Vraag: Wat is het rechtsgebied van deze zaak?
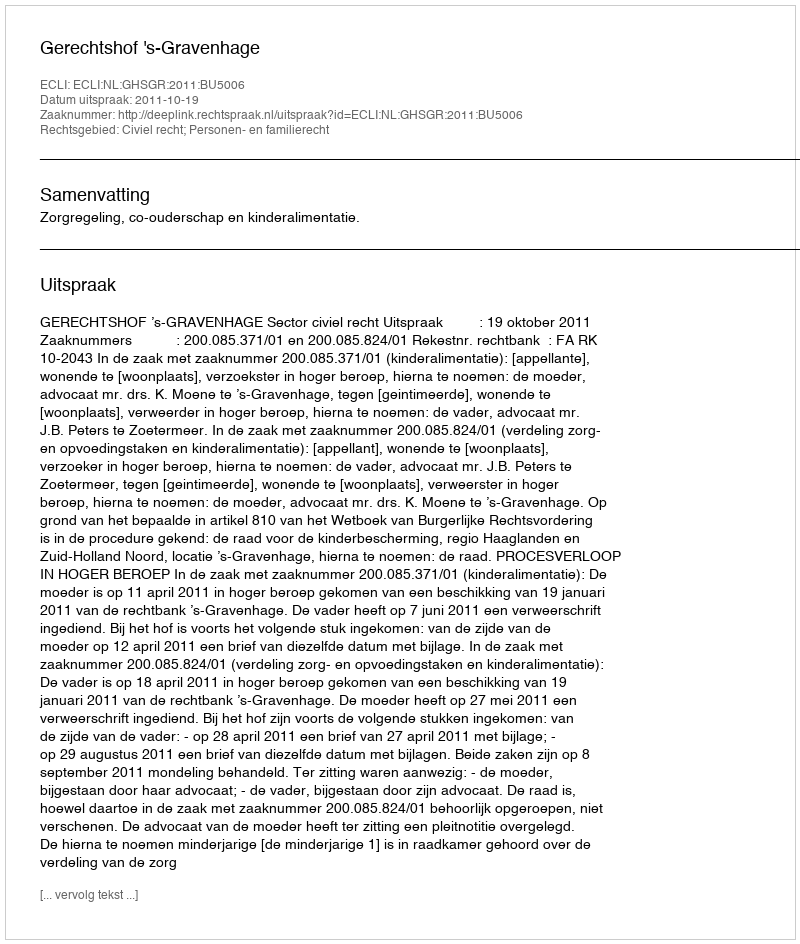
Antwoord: Civiel recht; Personen- en familierecht